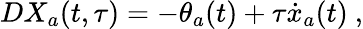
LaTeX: DX_{a}(t,\tau)=-\theta_{a}(t)+\tau{\dot{x}}_{a}(t)\ ,